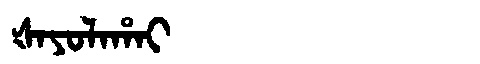
Manchu: ᡧᠠᠶᠣᠯᠠᡥᠠᡳ
Romanization: ŠAYOLAHAI